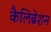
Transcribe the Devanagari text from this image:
कैलिब्रेशन